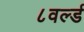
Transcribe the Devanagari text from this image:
८वर्ल्ड